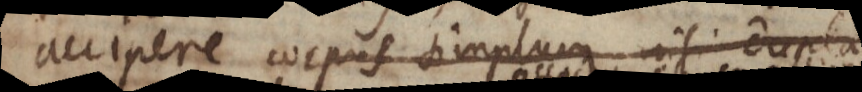
accipere corpus simplum nisi duplam